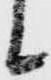
候